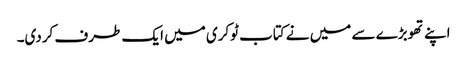
اپنے تھوبڑے سے میں نے کتاب ٹوکری میں ایک طرف کردی۔